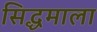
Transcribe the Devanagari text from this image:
सिद्धमाला